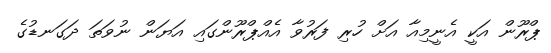
ޕްރޫން އަކީ އެނީމިއާ އަށް ހުރި ފަރުވާ އެއްޕްރޫންގައި އަޔަން ނުވަތަ ދަގަނޑުގެ